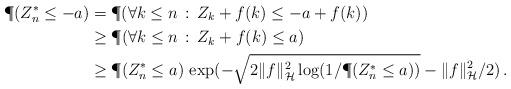
LaTeX: \begin{align*}\P( Z_n^* \leq -a)& = \P( \forall k\leq n \, :\, Z_k + f(k) \leq -a + f(k) )\\& \geq \P( \forall k\leq n \, :\, Z_k + f(k) \leq a )\\& \geq \P( Z_n^* \leq a ) \, \exp( - \sqrt{2 \|f\|_{\mathcal H}^2 \log ( 1/\P(Z_n^* \leq a ))} - \|f\|_{\mathcal H}^2/2)\, .\end{align*}